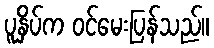
ပူနှိပ်က ဝင်မေးပြန်သည်။